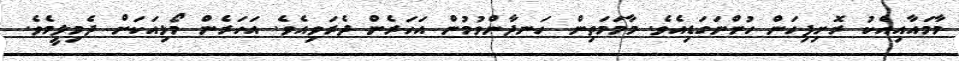
މާމައާއިއެކު ރޮށިފިހަން ހުންނަގަޑިއެވެ. މާމަމަތިން ހަނދާންވުމުން އަހަރެން ދެރަވިއެވެ. އަހަރެން މޯޅިއަކަށް ދެމިލީމެވެ.